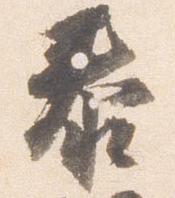
泰